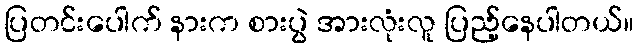
ပြတင်းပေါက် နားက စားပွဲ အားလုံးလူ ပြည့်နေပါတယ်။